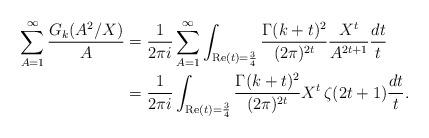
LaTeX: \begin{align*} \sum_{A=1}^{\infty}\frac{G_k(A^2\slash X)}{A}&=\frac{1}{2\pi i}\sum_{A=1}^{\infty} \int_{\mathrm{Re}(t)=\frac{3}{4}}\frac{\Gamma(k+t)^2}{(2\pi)^{2t}}\frac{X^t}{A^{2t+1}}\frac{dt}{t}\\ &=\frac{1}{2\pi i}\int_{\mathrm{Re}(t)=\frac{3}{4}}\frac{\Gamma(k+t)^2}{(2\pi)^{2t}}X^t\, \zeta(2t+1)\frac{dt}{t}. \end{align*}